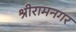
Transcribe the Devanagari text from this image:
श्रीरामनगर